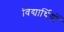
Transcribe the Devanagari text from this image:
विद्यार्थियों